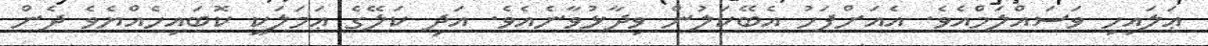
ޢަލައިހި ވަސައްލަމްއެވެ. އެއަށްފަހު އެބޭކަލުން ވިދާޅުވާނެއެވެ. އަދި ކަލޭގެ ޢަމަލަކީ ކޮބައިހެއްޔެވެ ދެން